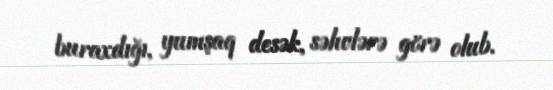
buraxdığı, yumşaq desək, səhvlərə görə olub.